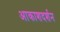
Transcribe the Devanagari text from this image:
आकाशदर्शन